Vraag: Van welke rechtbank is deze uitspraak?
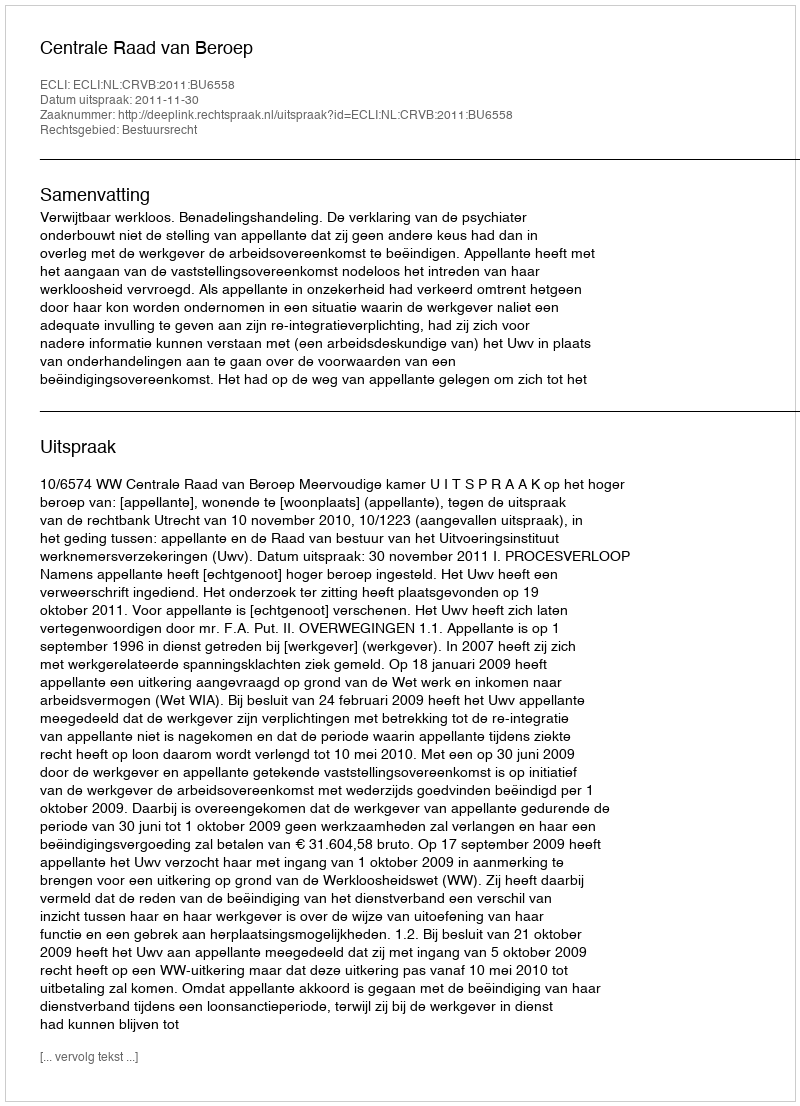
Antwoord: Centrale Raad van Beroep